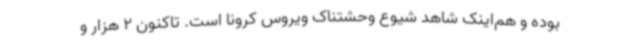
بوده و هم‌اینک شاهد شیوع وحشتناک ویروس کرونا است. تاکنون 2 هزار و